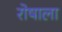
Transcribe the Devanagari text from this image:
रोषाला